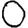
Digit: 0